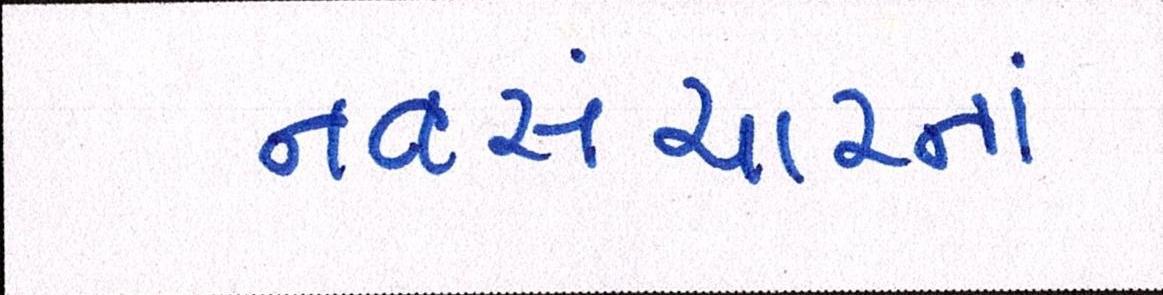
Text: નવસંચારનાં